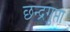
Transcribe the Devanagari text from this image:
छन्द्रगुप्ता